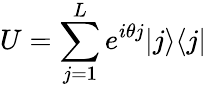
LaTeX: U=\sum_{j=1}^{L}e^{i\theta j}|j\rangle\langle j|